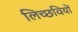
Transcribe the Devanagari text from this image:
लिच्छवियाें